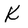
Character: K